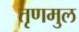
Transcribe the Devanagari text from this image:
तृणमुल